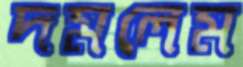
দমলেম